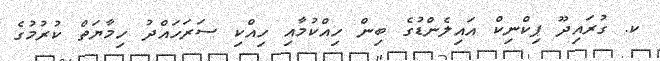
ކ. ގުރައިދޫ ޕިކްނިކް އައިލެންޑުގެ ބިން ހިއްކުމާއި ހިއްކި ސަރަހައްދު ހިމާޔަތް ކުރުމުގެ